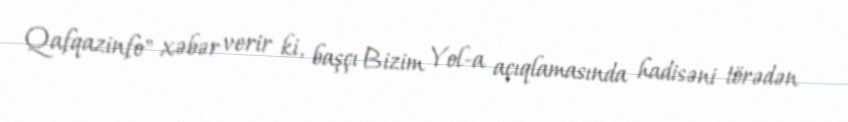
Qafqazinfo" xəbər verir ki, başçı Bizim Yol-a açıqlamasında hadisəni törədən